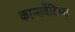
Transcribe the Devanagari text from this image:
कान्सर्वेटिव्स